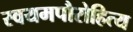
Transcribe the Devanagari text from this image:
स्वयमपौरोहित्य